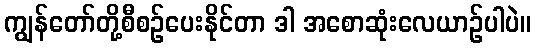
ကျွန်တော်တို့စီစဉ်ပေးနိုင်တာ ဒါ အစောဆုံးလေယာဉ်ပါပဲ။